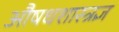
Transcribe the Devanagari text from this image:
औषधशास्त्रज्ञ